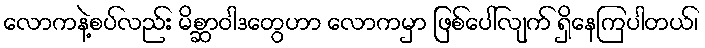
လောကနဲ့စပ်လည်း မိစ္ဆာဝါဒတွေဟာ လောကမှာ ဖြစ်ပေါ်လျက် ရှိနေကြပါတယ်၊